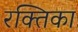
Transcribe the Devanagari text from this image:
रक्तिका